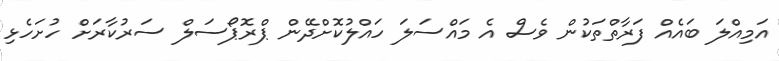
އަމިއްލަ ބައެއް ފަރާތްތަކުން ވެސް އެ މައްސަލަ ހައްލުކޮށްދޭން ޕްރޮޕޯސަލް ސަރުކާރަށް ހުށަހެޅި